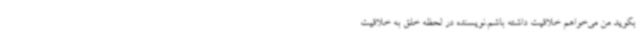
بگوید من می‌خواهم خلاقیت داشته باشم.نویسنده در لحظه خلق به خلاقیت